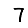
Digit: 7